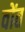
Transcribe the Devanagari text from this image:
वोंत